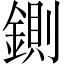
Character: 鍘